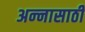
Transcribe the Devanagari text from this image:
अन्‍नासाठी